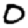
Digit: 0